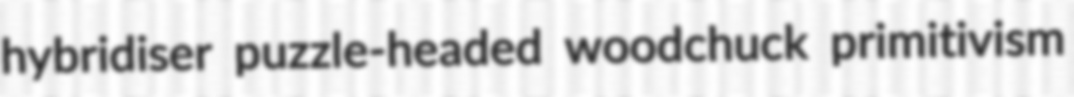
hybridiser puzzle-headed woodchuck primitivism